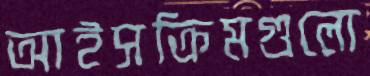
আইসক্রিমগুলো